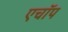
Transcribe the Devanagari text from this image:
एचॉप